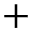
+